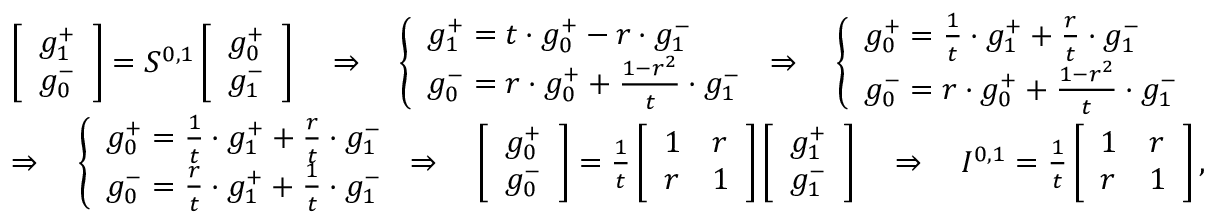
\begin{array} { r l } & { \left[ \begin{array} { l } { g _ { 1 } ^ { + } } \\ { g _ { 0 } ^ { - } } \end{array} \right] = S ^ { 0 , 1 } \left[ \begin{array} { l } { g _ { 0 } ^ { + } } \\ { g _ { 1 } ^ { - } } \end{array} \right] \quad \Rightarrow \quad \left\{ \begin{array} { l l } { g _ { 1 } ^ { + } = t \cdot g _ { 0 } ^ { + } - r \cdot g _ { 1 } ^ { - } } \\ { g _ { 0 } ^ { - } = r \cdot g _ { 0 } ^ { + } + \frac { 1 - r ^ { 2 } } { t } \cdot g _ { 1 } ^ { - } } \end{array} \right. \Rightarrow \quad \left\{ \begin{array} { l l } { g _ { 0 } ^ { + } = \frac { 1 } { t } \cdot g _ { 1 } ^ { + } + \frac { r } { t } \cdot g _ { 1 } ^ { - } } \\ { g _ { 0 } ^ { - } = r \cdot g _ { 0 } ^ { + } + \frac { 1 - r ^ { 2 } } { t } \cdot g _ { 1 } ^ { - } } \end{array} \right. } \\ & { \Rightarrow \quad \left\{ \begin{array} { l l } { g _ { 0 } ^ { + } = \frac { 1 } { t } \cdot g _ { 1 } ^ { + } + \frac { r } { t } \cdot g _ { 1 } ^ { - } } \\ { g _ { 0 } ^ { - } = \frac { r } { t } \cdot g _ { 1 } ^ { + } + \frac { 1 } { t } \cdot g _ { 1 } ^ { - } } \end{array} \right. \Rightarrow \quad \left[ \begin{array} { l } { g _ { 0 } ^ { + } } \\ { g _ { 0 } ^ { - } } \end{array} \right] = \frac { 1 } { t } \left[ \begin{array} { l l } { 1 } & { r } \\ { r } & { 1 } \end{array} \right] \left[ \begin{array} { l } { g _ { 1 } ^ { + } } \\ { g _ { 1 } ^ { - } } \end{array} \right] \quad \Rightarrow \quad I ^ { 0 , 1 } = \frac { 1 } { t } \left[ \begin{array} { l l } { 1 } & { r } \\ { r } & { 1 } \end{array} \right] , } \end{array}